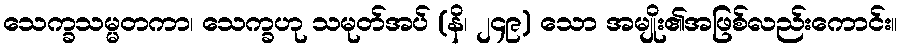
သေက္ခသမ္မတကာ၊ သေက္ခဟု သမုတ်အပ် (နိ၊ ၂၄၉) သော အမျိုး၏အဖြစ်လည်းကောင်း။